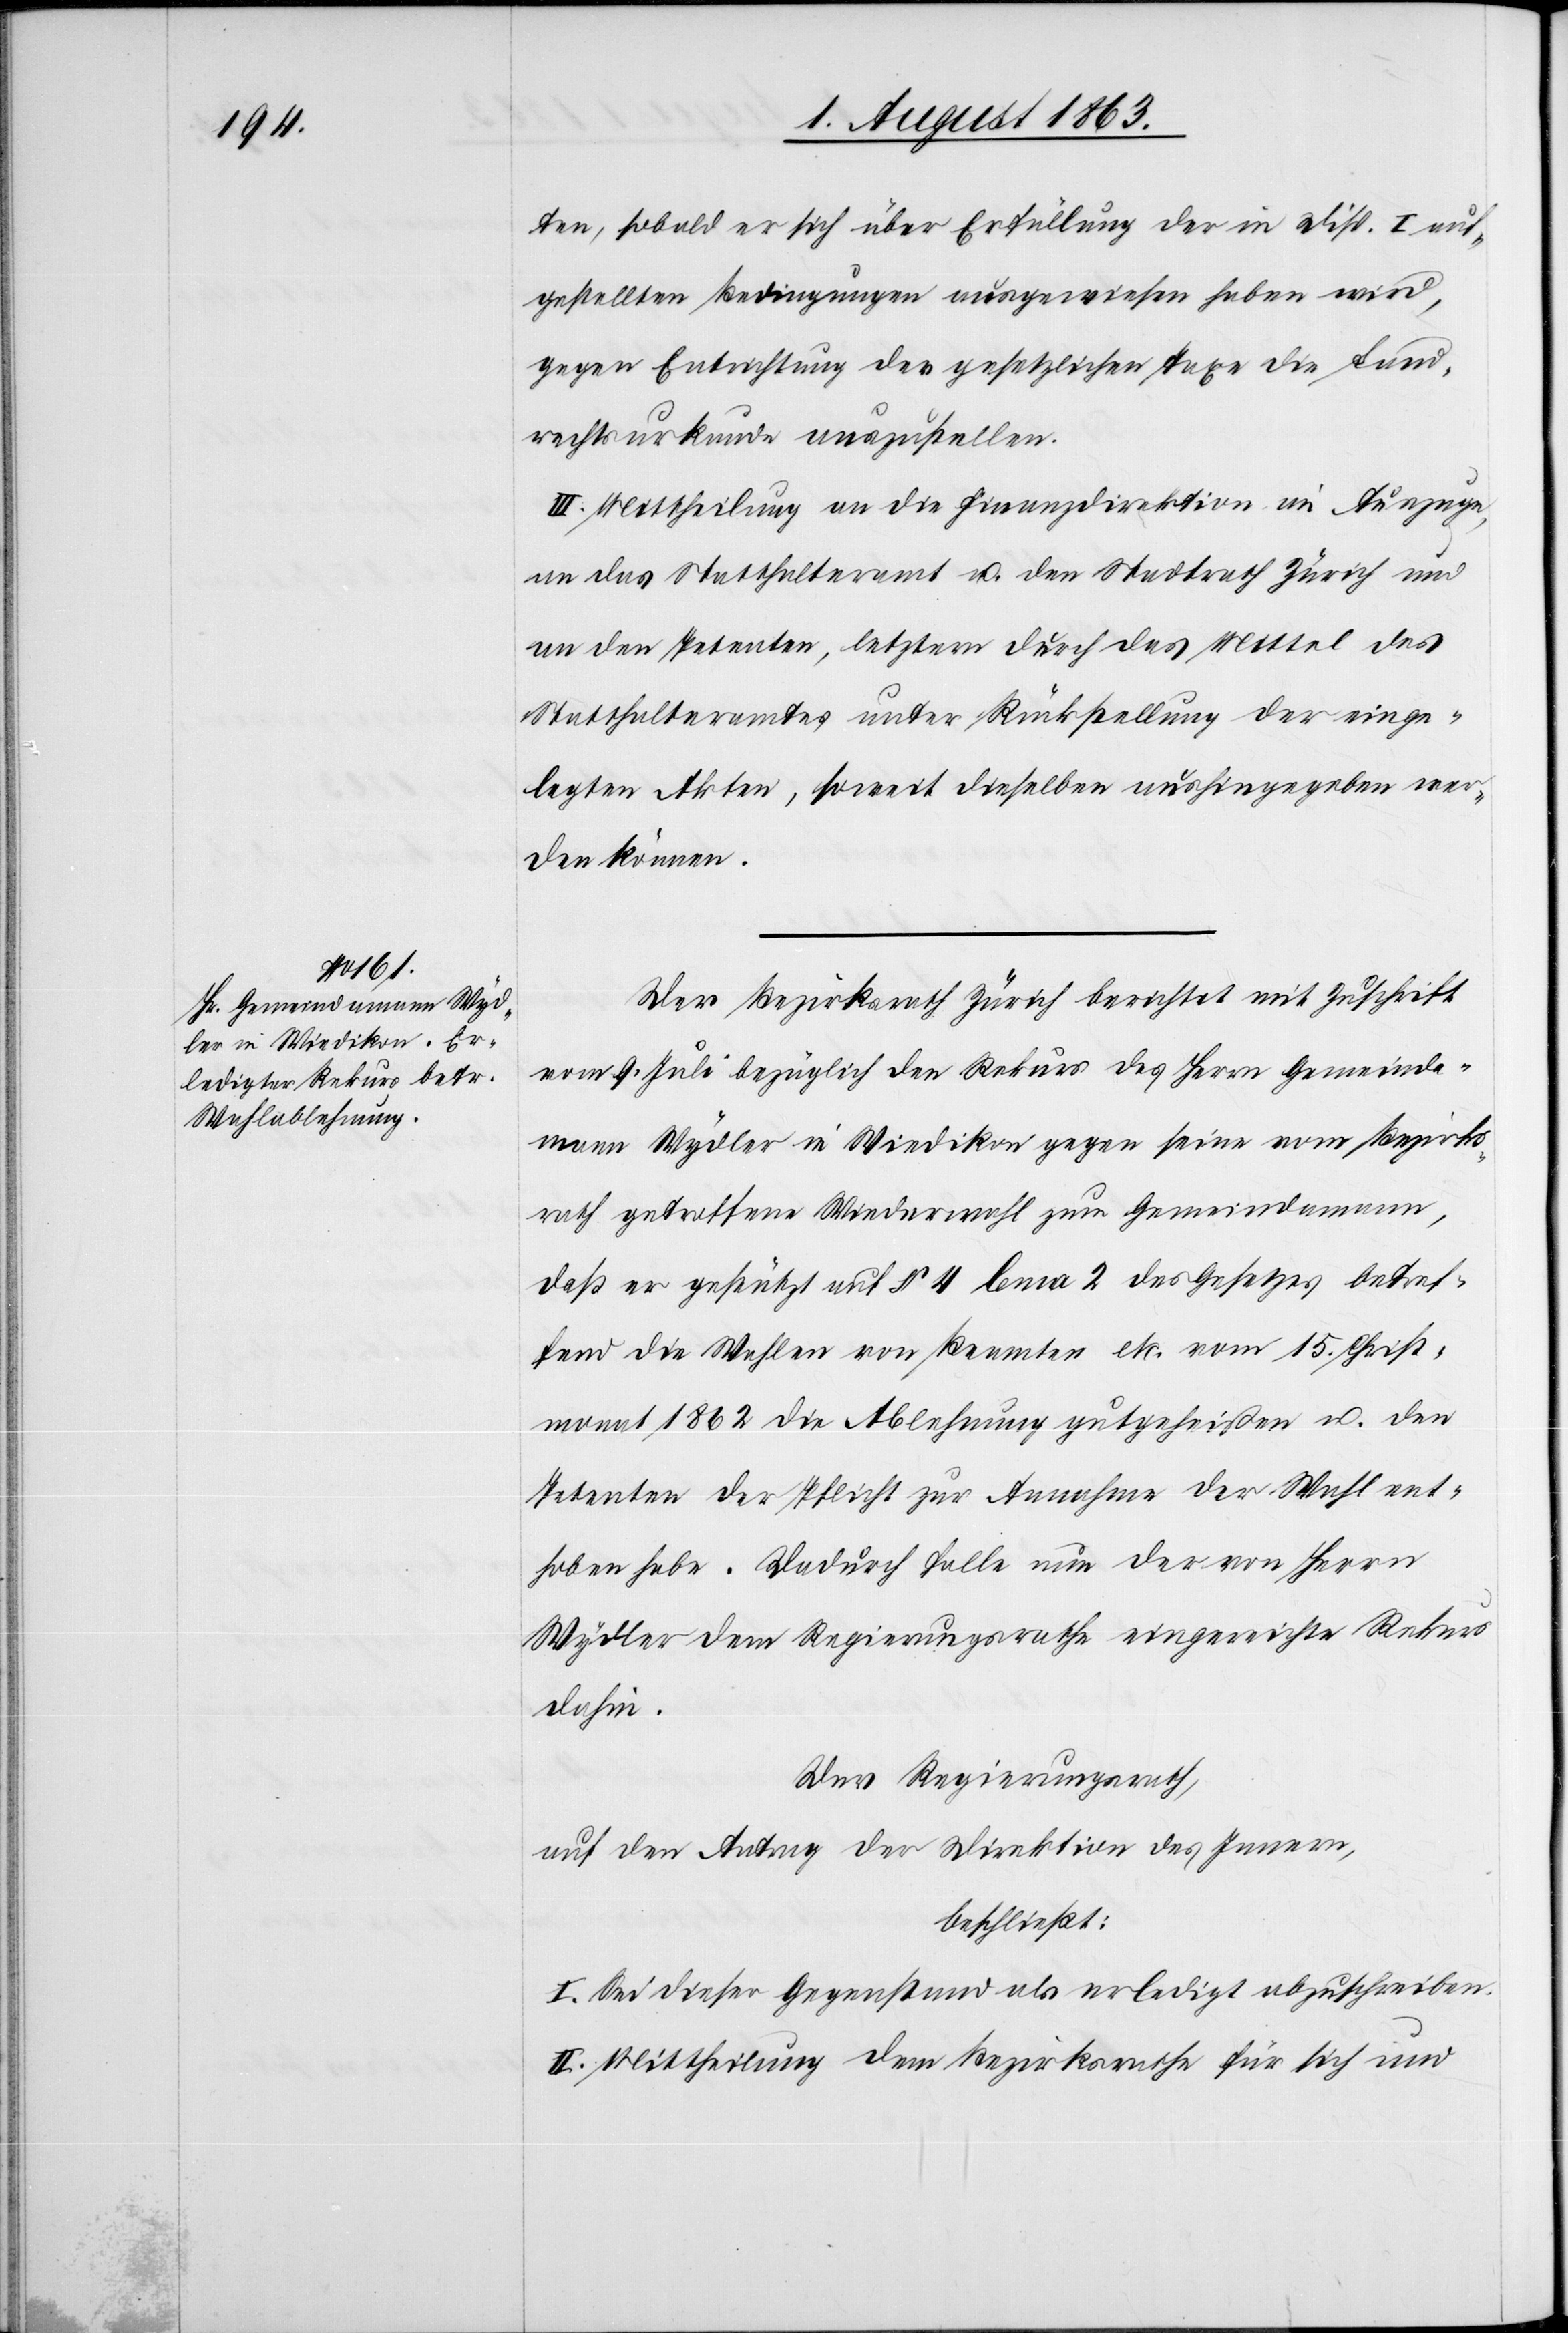
ten, sobald er sich über Erfüllung der in Disp. I auf¬
gestellten Bedingungen ausgewiesen haben wird,
gegen Entrichtung der gesetzlichen Taxe die Land¬
rechtsurkunde auszustellen.
III. Mittheilung an die Finanzdirektion im Auszuge,
an das Statthalteramt u. den Stadtrath Zürich und
an den Petenten, letztern durch das Mittel des
Statthalteramtes unter Rückstellung der einge¬
legten Akten, soweit dieselben aushingegeben wer¬
den können.
Der Bezirksrath Zürich berichtet mit Zuschrift
vom 9. Juli bezüglich den Rekurs des Herrn Gemeinda¬
mann Wydler in Wiedikon gegen seine vom Bezirks¬
rath getroffene Wiederwahl zum Gemeindamann,
daß er gestützt auf § 4 lema 2 des Gesetzes betref¬
fend die Wahlen von Beamten etc. vom 15. Christ¬
monat 1862 die Ablehnung gutgeheißen u. den
Petenten der Pflicht zur Annahme der Wahl ent¬
hoben habe. Dadurch falle nun der von Herrn
Wydler dem Regierungsrathe eingereichte Rekurs
dahin.
Der Regierungsrath,
auf den Antrag der Direktion des Innern,
beschließt:
I. Sei dieser Gegenstand als erledigt abzuschreiben.
II. Mittheilung dem Bezirksrathe für sich und